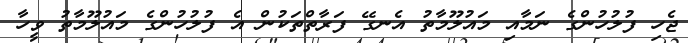
ޖެހި ފުލުހުންގެ ނަމާއި މައުލޫމާތު އެނގޭ ފަރާތްތަކުން އެ ފުލުހުންގެ މައުލޫމާތު ވީހާ